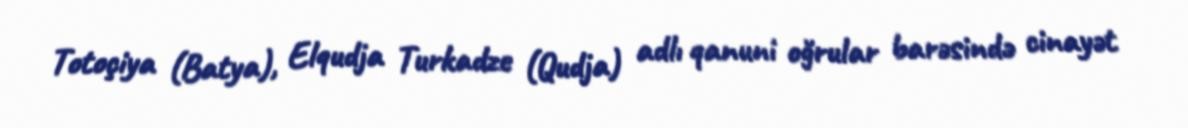
Totoçiya (Batya), Elqudja Turkadze (Qudja) adlı qanuni oğrular barəsində cinayət